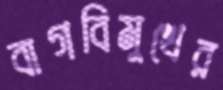
বাগবিমুখের